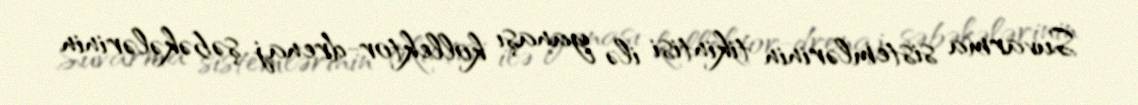
Suvarma sistemlərinin tikintisi ilə yanaşı kollektor-drenaj şəbəkələrinin